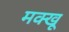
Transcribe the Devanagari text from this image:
मक्खू